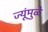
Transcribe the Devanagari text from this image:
ज्यूंमुळे